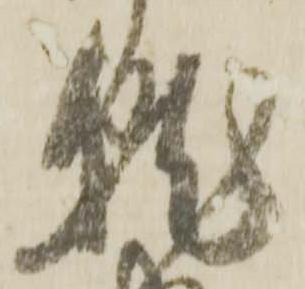
就